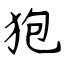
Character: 狍